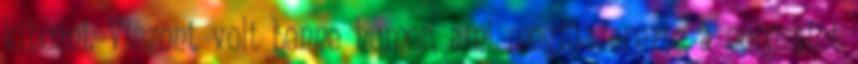
kihozni. Viszont volt benne humor, ami megfűszerezte a sorozatot